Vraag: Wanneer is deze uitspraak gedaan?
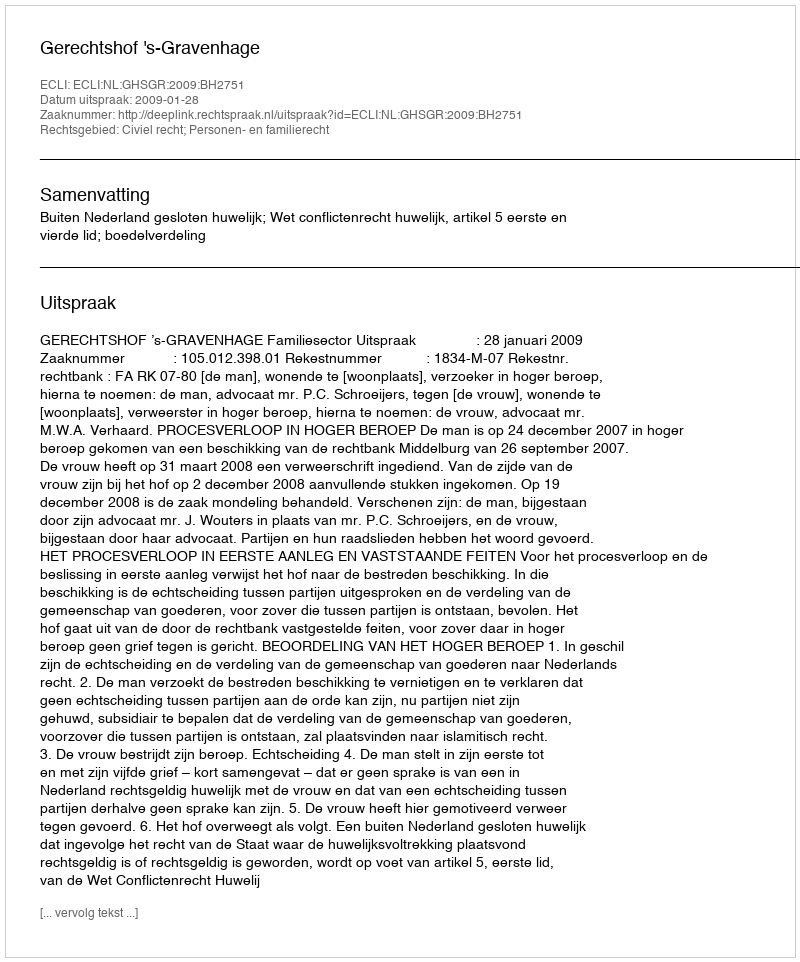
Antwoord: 2009-01-28